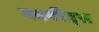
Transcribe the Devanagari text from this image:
गवर्नरेट्स